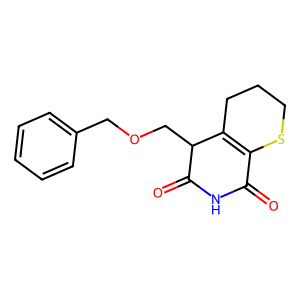
SMILES: O=C1NC(=O)C(COCc2ccccc2)C2=C1SCCC2
Inhibits HIV replication: No